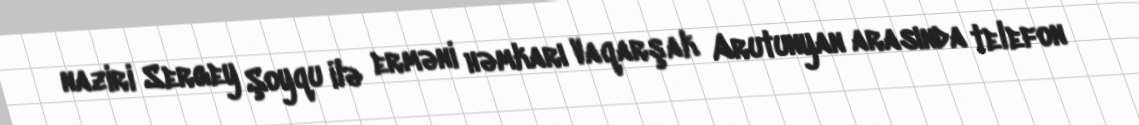
naziri Sergey Şoyqu ilə erməni həmkarı Vaqarşak Arutunyan arasında telefon